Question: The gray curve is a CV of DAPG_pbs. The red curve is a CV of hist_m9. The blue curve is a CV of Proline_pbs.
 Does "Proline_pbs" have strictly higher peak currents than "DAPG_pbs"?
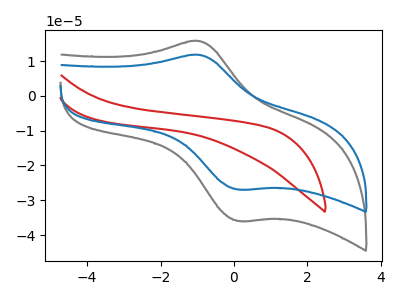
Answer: <think>The gray curve "DAPG_pbs" has an anodic peak at (-0.95V, 15.80uA) and a cathodic peak at (0.15V, -35.95uA). The red curve "hist_m9" has no peaks. The blue curve "Proline_pbs" has an anodic peak at (-0.95V, 11.85uA) and a cathodic peak at (0.15V, -26.90uA).</think>
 <answer>Every peak in "Proline_pbs" is lower than every peak in "DAPG_pbs".</answer>
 <eval>lower</eval>